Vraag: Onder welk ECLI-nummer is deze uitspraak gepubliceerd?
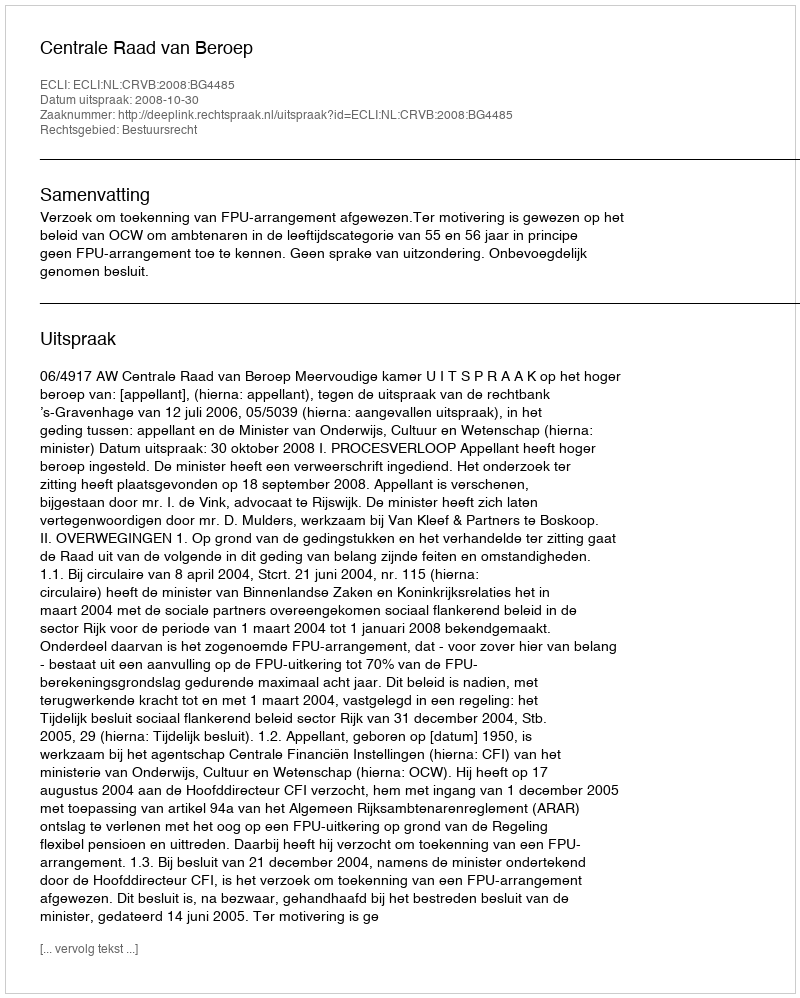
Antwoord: ECLI:NL:CRVB:2008:BG4485